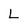
Character: L